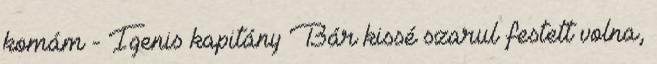
komám - Igenis kapitány Bár kissé szarul festett volna,